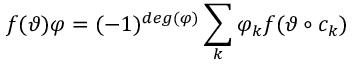
f ( \vartheta ) \varphi = ( - 1 ) ^ { d e g ( \varphi ) } \sum _ { k } \varphi _ { k } f ( \vartheta \circ c _ { k } )